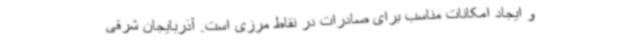
و ایجاد امکانات مناسب برای صادرات در نقاط مرزی است. آذربایجان شرقی